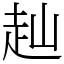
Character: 赸